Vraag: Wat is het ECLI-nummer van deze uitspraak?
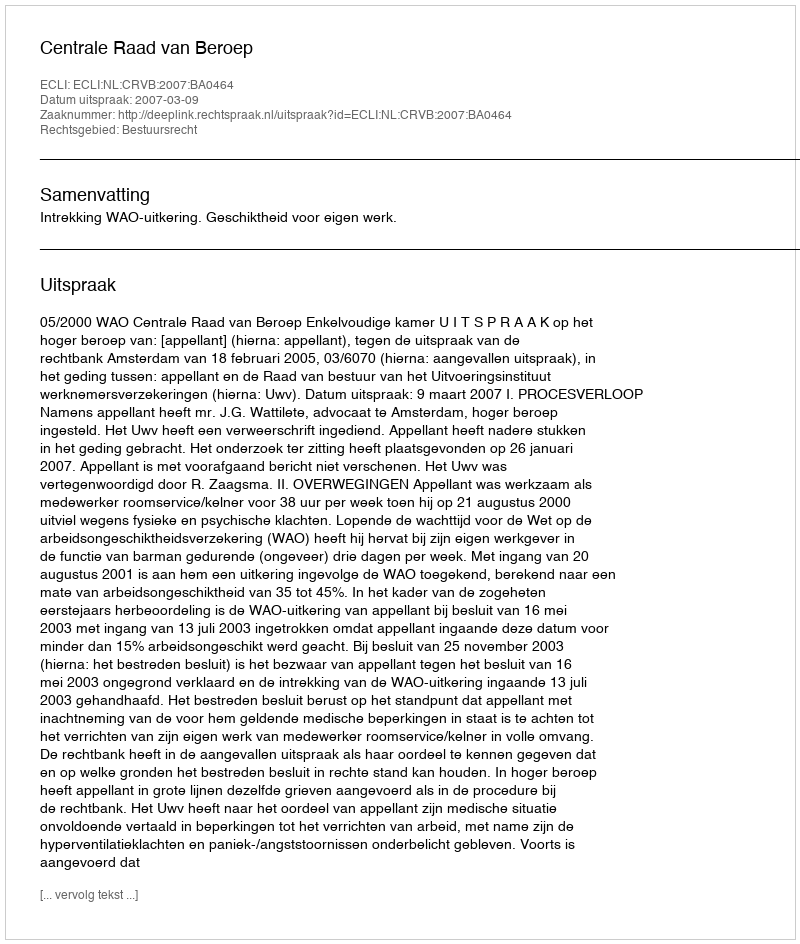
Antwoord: ECLI:NL:CRVB:2007:BA0464